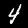
Digit: 4